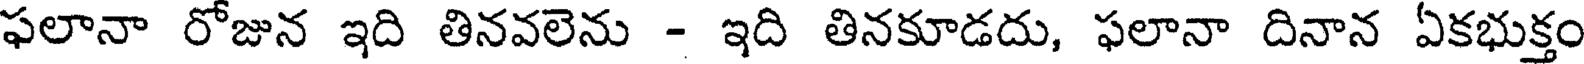
ఫలానా రోజున ఇది తినవలెను - ఇది తినకూడదు, ఫలానా దినాన ఏకభుక్తం